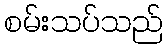
စမ်းသပ်သည်